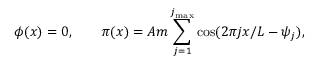
\phi ( x ) = 0 , \qquad \pi ( x ) = A m \sum _ { j = 1 } ^ { j _ { \mathrm { m a x } } } \cos ( 2 \pi j x / L - \psi _ { j } ) ,